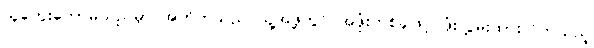
သူတွေးတောမိသည်မှာ အတိတ်သည် သူ့အဖို့တွင် အဖုံးတစ်ခုဖြင့် ဖုံးလွှမ်းထားလိုက်သည့်